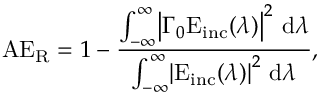
\mathrm { A E } _ { \mathrm { R } } = 1 - \frac { \int _ { - \infty } ^ { \infty } \! \left| \Gamma _ { 0 } \mathrm { E } _ { \mathrm { i n c } } ( \lambda ) \right| ^ { 2 } \, \mathrm { d } \lambda } { \int _ { - \infty } ^ { \infty } \! \left| \mathrm { E } _ { \mathrm { i n c } } ( \lambda ) \right| ^ { 2 } \, \mathrm { d } \lambda } ,